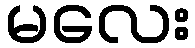
မလေး